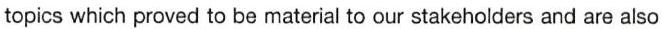
topics which proved to be material to our stakeholders and are also